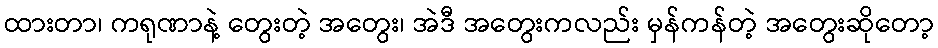
ထားတာ၊ ကရုဏာနဲ့ တွေးတဲ့ အတွေး၊ အဲဒီ အတွေးကလည်း မှန်ကန်တဲ့ အတွေးဆိုတော့